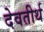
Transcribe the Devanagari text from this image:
देवतीर्थ